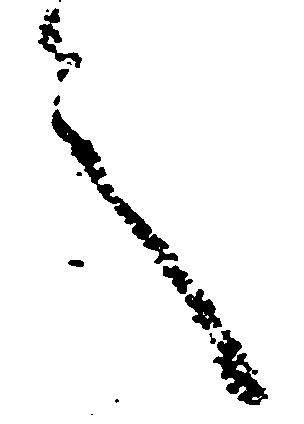
言